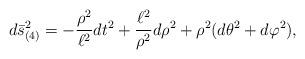
LaTeX: \begin{align*}d\bar s^2_{(4)}=-{\rho^2\over \ell^2} dt^2 +{\ell^2\over \rho^2} d\rho^2 +\rho^2(d\theta^2 +d\varphi^2),\end{align*}